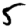
Digit: 5